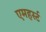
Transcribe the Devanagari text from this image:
एमहर्स्‍ट